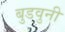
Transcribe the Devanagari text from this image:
बुडवुनी